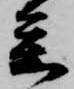
参